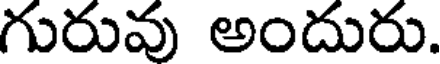
గురువు అందురు.